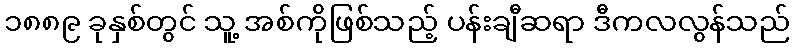
၁၈၈၉ ခုနှစ်တွင် သူ့ အစ်ကိုဖြစ်သည့် ပန်းချီဆရာ ဒီကလလွန်သည်